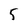
Character: 5